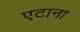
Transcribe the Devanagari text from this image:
एटाना